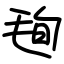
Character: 毥